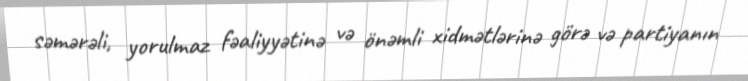
səmərəli, yorulmaz fəaliyyətinə və önəmli xidmətlərinə görə və partiyanın